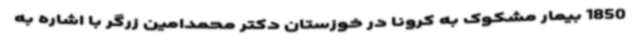
1850 بیمار مشکوک به کرونا در خوزستان دکتر محمدامین زرگر با اشاره به